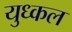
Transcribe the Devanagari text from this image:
युध्कल